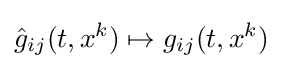
{\hat {g}}_{ij}(t,x^{k})\mapsto g_{ij}(t,x^{k})